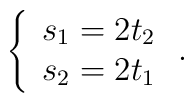
\left\{\begin{array}{ll}s_{1} = 2 t_{2} \\ s_{2} = 2 t_{1}\end{array}\right.  .